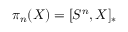
\pi _ { n } ( X ) = [ S ^ { n } , X ] _ { * }